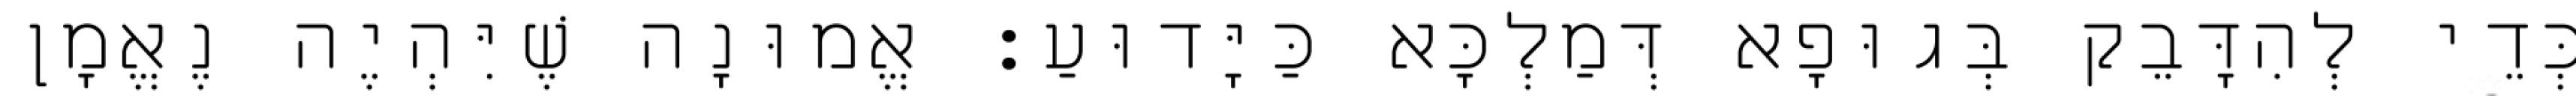
כְּדֵי לְהִדָּבֵק בְּגוּפָא דְּמַלְכָּא כַּיָּדוּעַ: אֱמוּנָה שֶׁיִּהְיֶה נֶאֱמָן